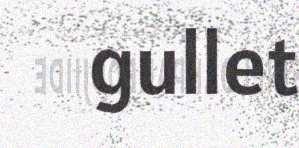
gullet